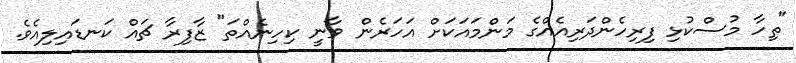
"ތިހާ މުސްކުޅި ފިރިހެންދަރިއެއްގެ މަންމައަކަށް އަހަރެން ވާނީ ކިހިނެއްތަ" ޒާފިރާ ޗައް ކަނޑައިލިއެވެ.